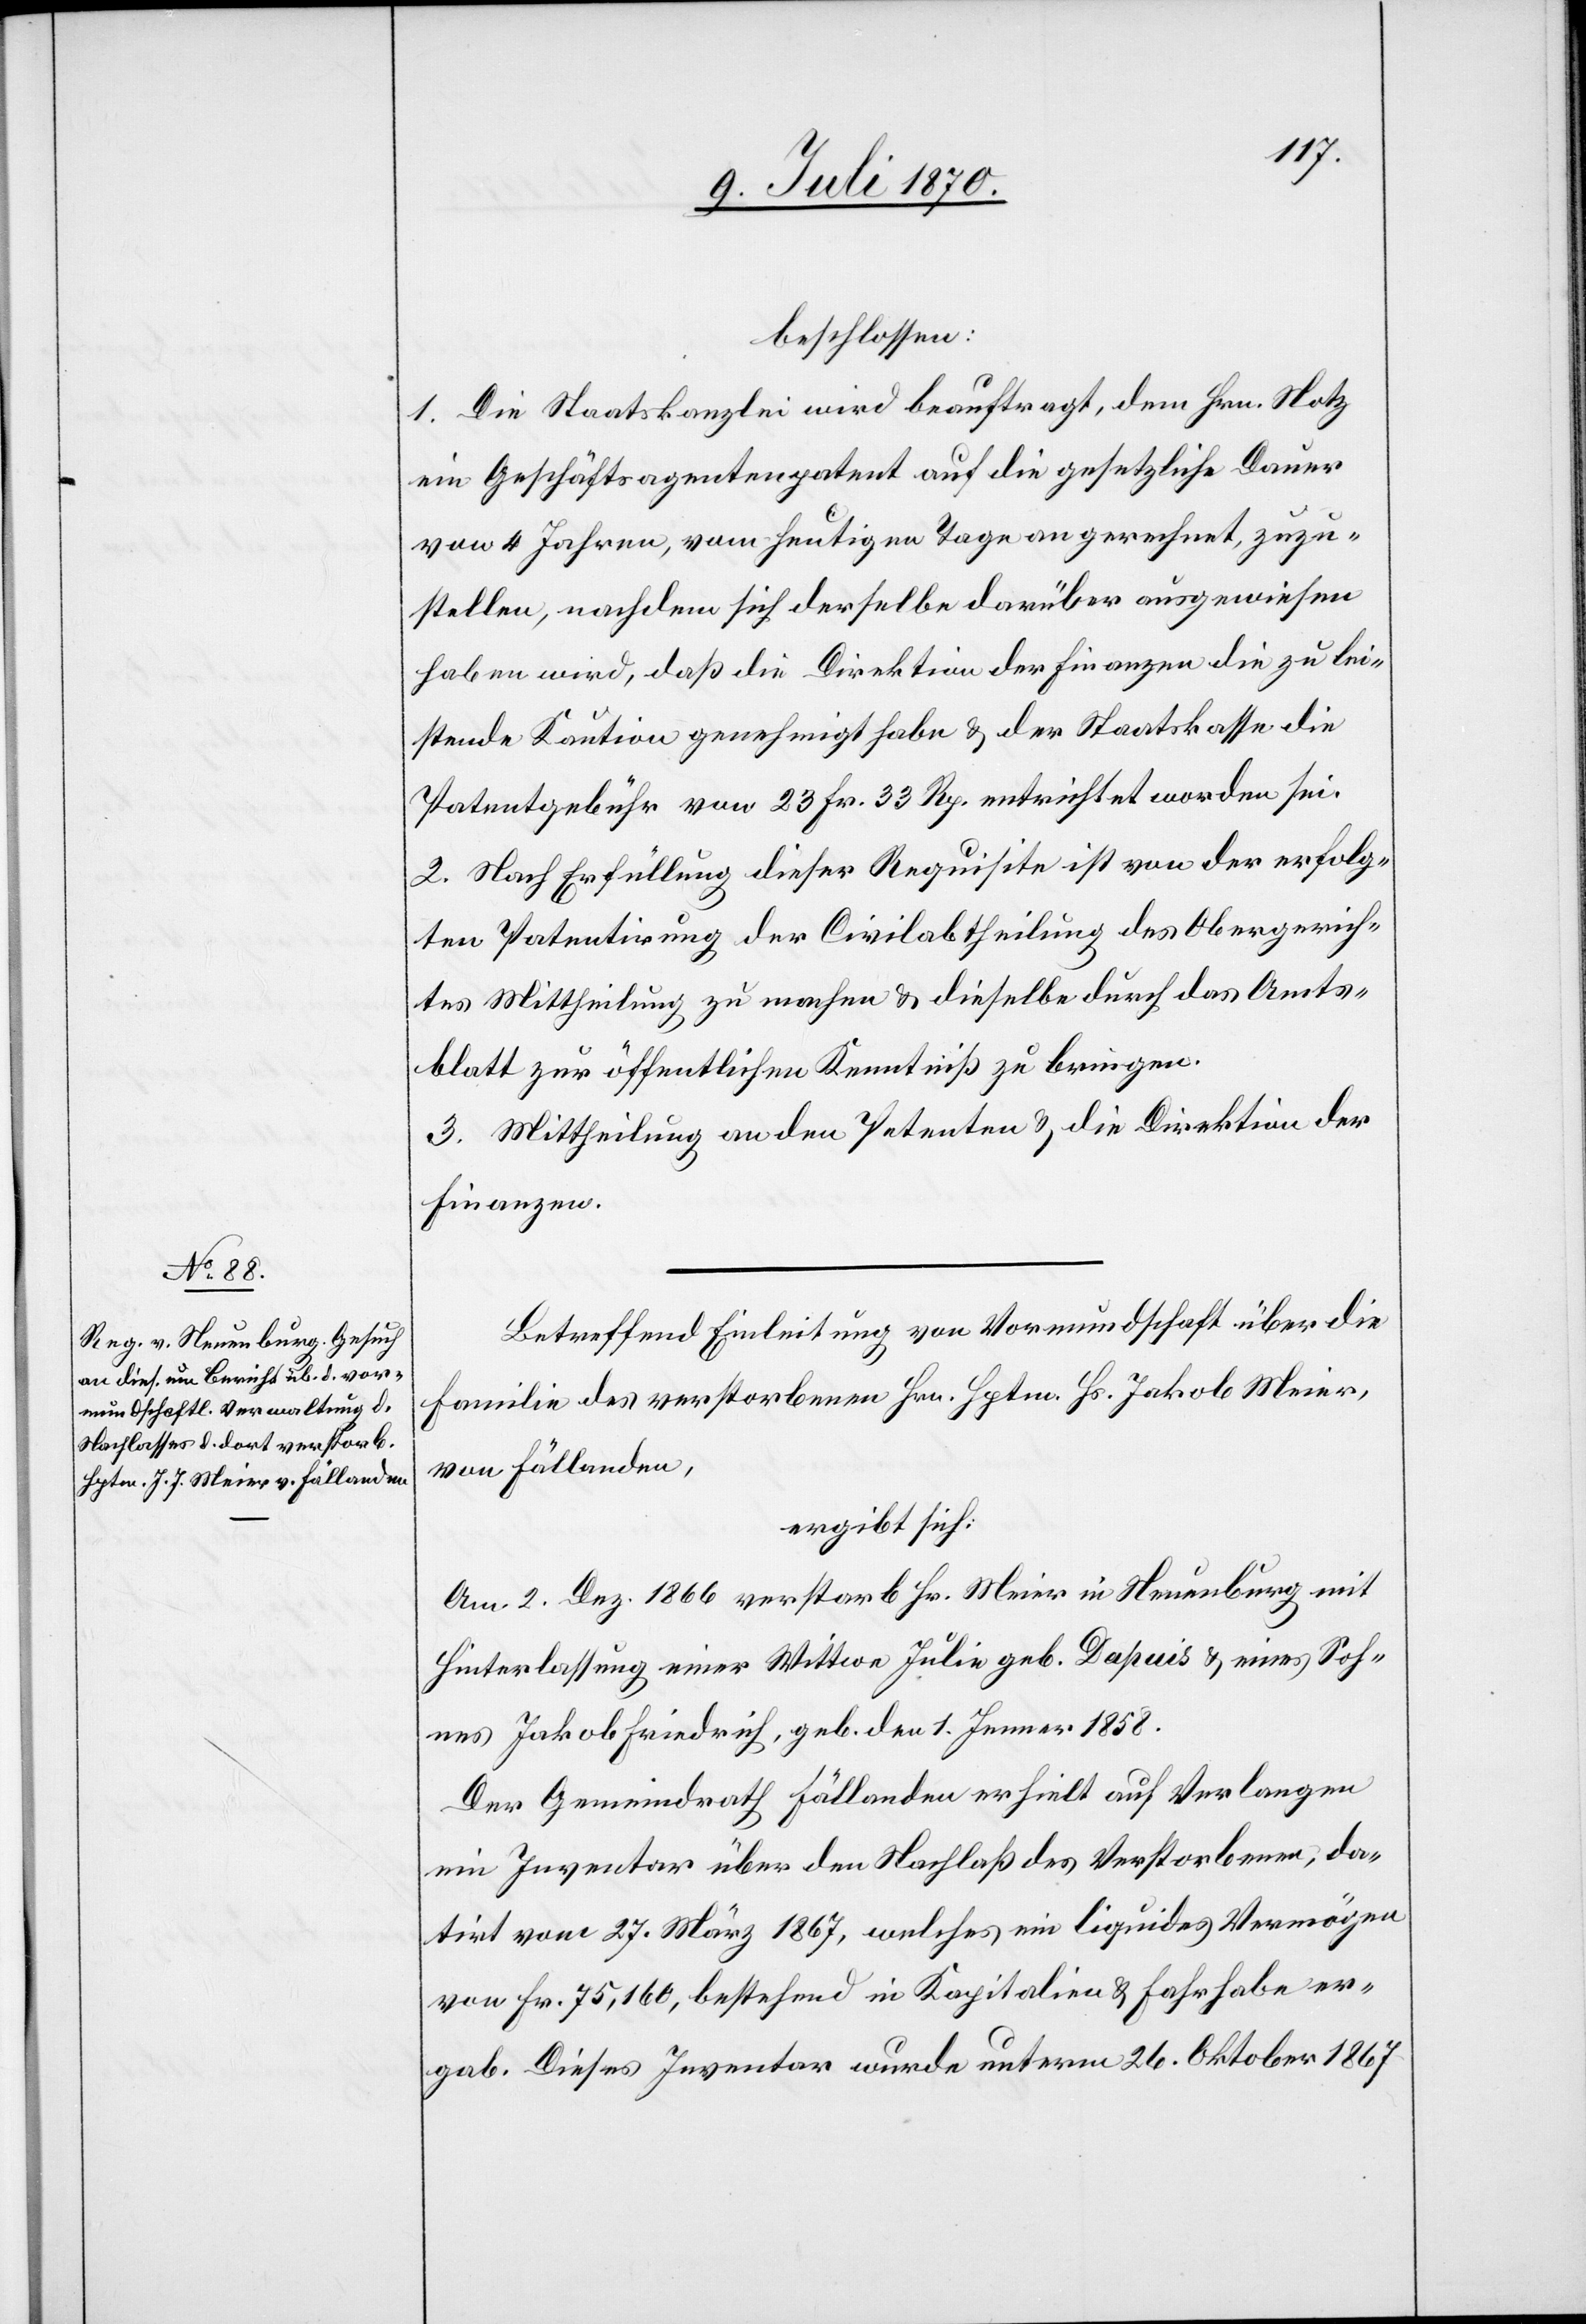
beschlossen:
1. Die Staatskanzlei wird beauftragt, dem Hrn. Notz
ein Geschäftsagentenpatent auf die gesetzliche Dauer
von 4 Jahren, vom heutigen Tage an gerechnet, zuzu¬
stellen, nachdem sich derselbe darüber ausgewiesen
haben wird, daß die Direktion der Finanzen die zu lei¬
stende Kaution genehmigt habe & der Staatskasse die
Patentgebühr von 23 Fr. 33 Rp. entrichtet worden sei.
2. Nach Erfüllung dieser Requisite ist von der erfolg¬
ten Patentirung der Civilabtheilung des Obergerich¬
tes Mittheilung zu machen & dieselbe durch das Amts¬
blatt zur öffentlichen Kenntniß zu bringen.
3. Mittheilung an den Petenten & die Direktion der
Finanzen.
Betreffend Einleitung von Vormundschaft über die
Familie des verstorbenen Hrn. Hptm. Hs. Jakob Meier
von Fällanden,
ergibt sich:
Am 2. Dez. 1866 verstarb Hr. Meier in Neuenburg mit
Hinterlassung einer Wittwe Julie geb. Dapuis & eines Soh¬
nes Jakob Friedrich, geb. den 1. Jenner 1858.
Der Gemeindrath Fällanden erhielt auf Verlangen
ein Inventar über den Nachlaß des Verstorbenen, da¬
tirt vom 27. März 1867, welches ein liquides Vermögen
von Fr. 75,160, bestehend in Kapitalien & Fahrhabe er¬
gab. Dieses Inventar wurde unterm 26. Oktober 1867